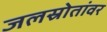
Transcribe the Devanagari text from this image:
जलस्रोतांवर